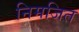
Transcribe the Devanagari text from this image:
निमजित